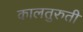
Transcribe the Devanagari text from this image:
कालतुरुती